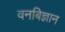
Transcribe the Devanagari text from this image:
वनबिज्ञान